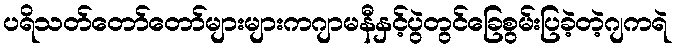
ပရိသတ်တော်တော်များများကဂျာမနီနှင့်ပွဲတွင်ခြေစွမ်းပြခဲ့တဲ့ဂျကရဲ